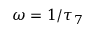
\omega = 1 / \tau _ { 7 }